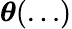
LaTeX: \boldsymbol\theta(\dots)